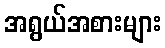
အရွယ်အစားများ